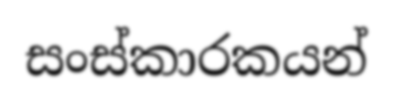
සංස්කාරකයන්